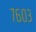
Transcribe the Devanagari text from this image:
७६०३